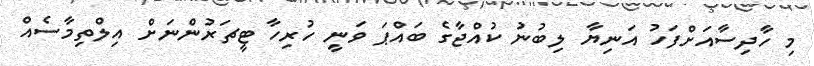
މި ހާދިސާއަށްފަހު އަނިޔާ ލިބުނު ކުއްޖާގެ ބައްޕަ ވަނީ ހުރިހާ ޓީޗަރުންނަށް އިލްތިމާސެއް